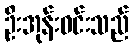
ဦးအုန်းဝင်းသည်